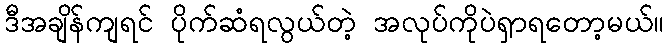
ဒီအချိန်ကျရင် ပိုက်ဆံရလွယ်တဲ့ အလုပ်ကိုပဲရှာရတော့မယ်။